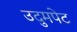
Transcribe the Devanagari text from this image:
उदुमपेट